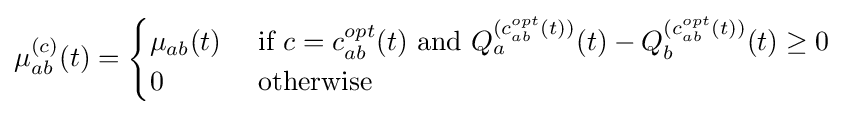
\mu _{ab}^{(c)}(t)={\begin{cases}\mu _{ab}(t)&{\text{ if }}c=c_{ab}^{opt}(t){\text{ and }}Q_{a}^{(c_{ab}^{opt}(t))}(t)-Q_{b}^{(c_{ab}^{opt}(t))}(t)\geq 0\\0&{\text{ otherwise}}\end{cases}}